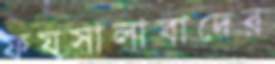
ফয়সালাবাদের